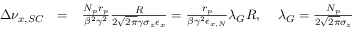
\begin{array} { r l r } { \Delta \nu _ { x , S C } } & { = } & { \frac { N _ { p } r _ { p } } { \beta ^ { 2 } \gamma ^ { 2 } } \frac { R } { 2 \sqrt { 2 \pi } \gamma \sigma _ { z } \epsilon _ { x } } = \frac { r _ { p } } { \beta \gamma ^ { 2 } \epsilon _ { x , N } } \lambda _ { G } R , \; \; \; \; \lambda _ { G } = \frac { N _ { p } } { 2 \sqrt { 2 \pi } \sigma _ { z } } } \end{array}